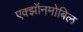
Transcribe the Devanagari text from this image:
एक्झॉनमोबिल